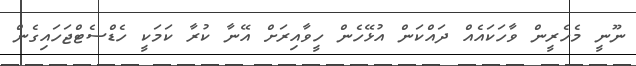
ނޫނީ މެހެރީން ވާހަކައެއް ދައްކަން އުޅޭހެން ހީވާއިރަށް އޭނާ ކުރާ ކަމަކީ ހެޑްސެޓްޖަހައިގެން